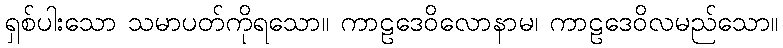
ရှစ်ပါးသော သမာပတ်ကိုရသော။ ကာဠဒေဝိလောနာမ၊ ကာဠဒေဝိလမည်သော။